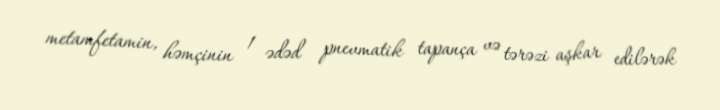
metamfetamin, həmçinin 1 ədəd pnevmatik tapança və tərəzi aşkar edilərək